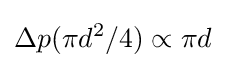
\Delta p(\pi d^{2}/4)\propto \pi d